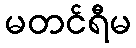
မတင်ရီမ